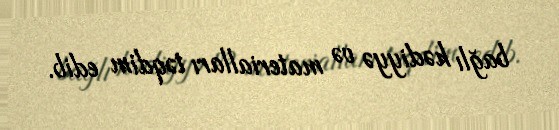
bağlı hədiyyə və materialları təqdim edib.